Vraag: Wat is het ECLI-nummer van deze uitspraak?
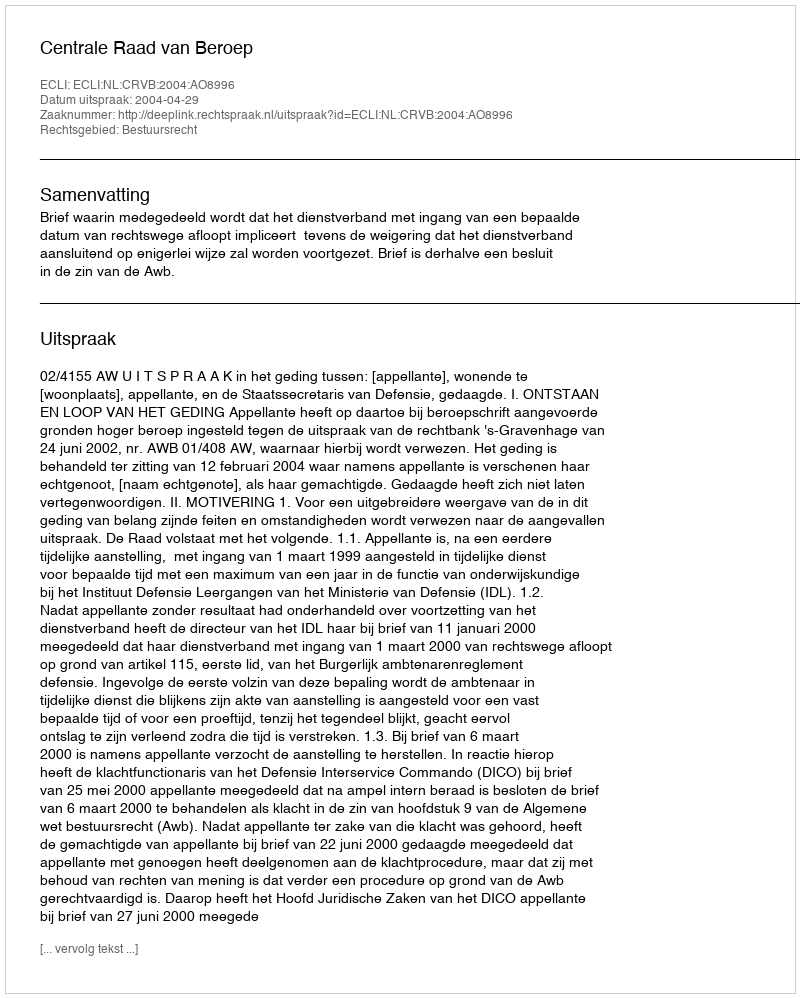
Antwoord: ECLI:NL:CRVB:2004:AO8996